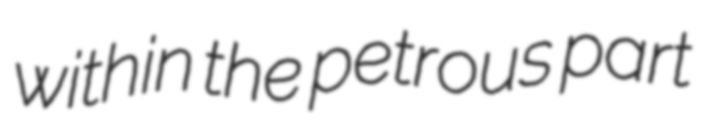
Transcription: within the petrous part